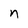
Character: n